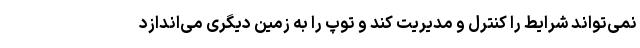
نمی‌تواند شرایط را کنترل و مدیریت کند و توپ را به زمین دیگری می‌اندازد